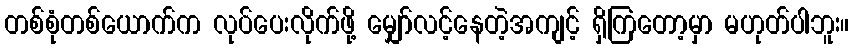
တစ်စုံတစ်ယောက်က လုပ်ပေးလိုက်ဖို့ မျှော်လင့်နေတဲ့အကျင့် ရှိကြတော့မှာ မဟုတ်ပါဘူး။